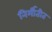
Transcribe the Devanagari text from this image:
निर्मीतीत